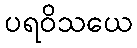
ပရဝိသယေ